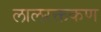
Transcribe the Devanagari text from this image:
लालरक्तकण